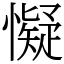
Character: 懝